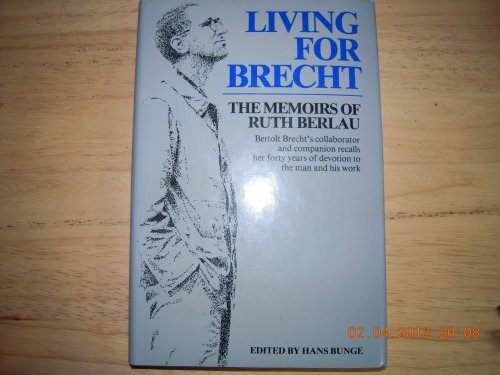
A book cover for Living for Brecht: The Memoirs of Ruth Berlau; Ruth Berlau; Biographies & Memoirs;